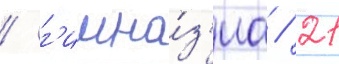
/ г'имна́з'иа / 21